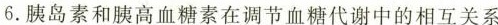
6.胰岛素和胰高血糖素在调节血糖代谢中的相互关系